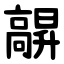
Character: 髜